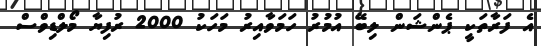
އެ ފަރާތަކީ ޕެންޝަން ލިބޭ އުމުރު ހަމަވާއިރު މަހަކު 2000 ރުފިޔާ މޯލްޑިވްސް